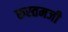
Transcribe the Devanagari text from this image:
रूस्‍तमजी